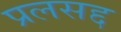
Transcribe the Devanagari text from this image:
प्रलसद्द